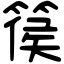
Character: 篌